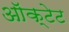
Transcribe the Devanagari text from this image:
ऑक्टेट